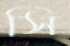
সি